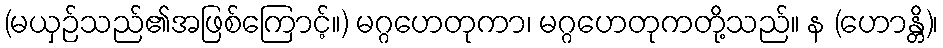
(မယှဉ်သည်၏အဖြစ်ကြောင့်။) မဂ္ဂဟေတုကာ၊ မဂ္ဂဟေတုကတို့သည်။ န (ဟောန္တိ)၊